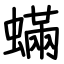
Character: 蟎